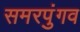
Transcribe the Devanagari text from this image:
समरपुंगव